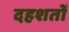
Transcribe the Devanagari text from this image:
दहशतों